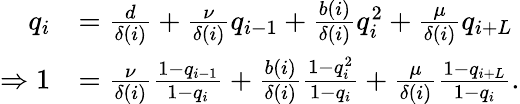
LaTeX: \begin{array}{rl}{q_{i}}&{=\frac{d}{\delta(i)}+\frac{\nu}{\delta(i)}q_{i-1}+\frac{b(i)}{\delta(i)}q_{i}^{2}+\frac{\mu}{\delta(i)}q_{i+L}}\\ {\Rightarrow 1}&{=\frac{\nu}{\delta(i)}\frac{1-q_{i-1}}{1-q_{i}}+\frac{b(i)}{\delta(i)}\frac{1-q_{i}^{2}}{1-q_{i}}+\frac{\mu}{\delta(i)}\frac{1-q_{i+L}}{1-q_{i}}.}\end{array}